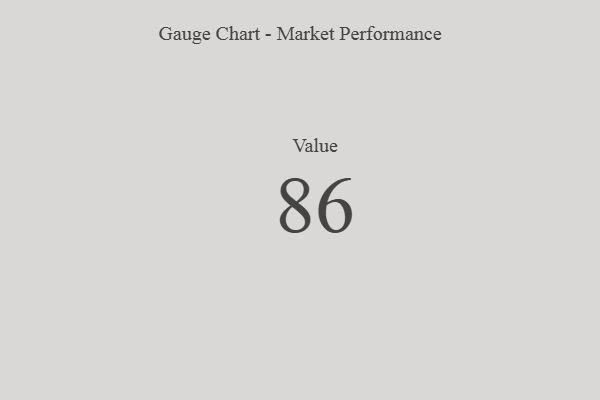
{"axis": {"x": "Metric", "y": "Value"}, "legend": [""], "data": [{"x": "Value", "y": 86, "type": ""}]}